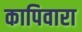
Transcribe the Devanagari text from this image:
कापिवारा